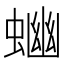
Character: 𧍘